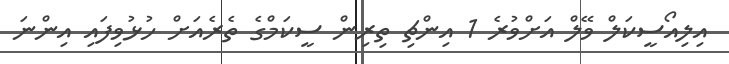
އިލިއޯސީކަލް ވޭލް އަށްވުރެ 1 އިންޗި ތިރިން ސީކަމްގެ ތެރެއަށް ހުޅުވިފައި އިންނަ